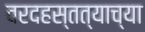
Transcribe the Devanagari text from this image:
वरदहस्तत्याच्या